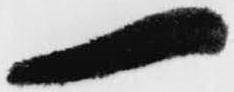
一